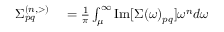
\begin{array} { r l } { \Sigma _ { p q } ^ { ( n , > ) } } & { { } = \frac { 1 } { \pi } \int _ { \mu } ^ { \infty } \mathrm { I m } [ \Sigma ( \omega ) _ { p q } ] \omega ^ { n } d \omega } \end{array}